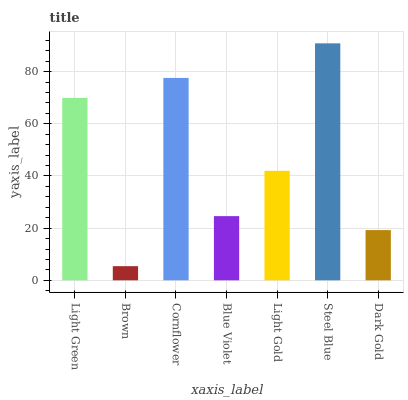
| xaxis_label | bars |
 | --- | --- |
 | Light Green | 70 |
 | Brown | 5.42 |
 | Cornflower | 77.6 |
 | Blue Violet | 24.6 |
 | Light Gold | 42 |
 | Steel Blue | 90.9 |
 | Dark Gold | 19.3 |